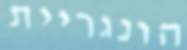
הונגריית